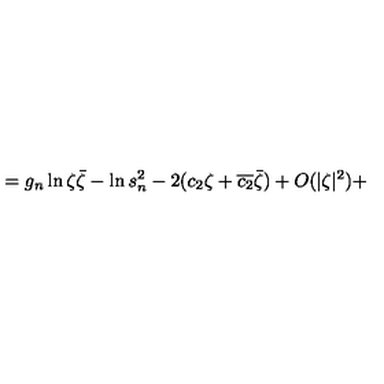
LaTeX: = g _ { n } \ln \zeta \bar { \zeta } - \ln s _ { n } ^ { 2 } - 2 ( c _ { 2 } \zeta + \overline { { c _ { 2 } } } \bar { \zeta } ) + O ( | \zeta | ^ { 2 } ) +